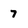
Character: 7